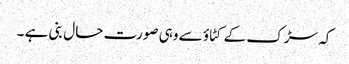
کہ سڑک کے کٹاؤ سے وہی صورت حال بنی ہے ۔